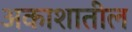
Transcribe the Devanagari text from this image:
अकाशातील